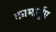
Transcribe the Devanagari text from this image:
कामार्गुए